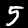
Digit: 5